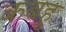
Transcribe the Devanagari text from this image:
कबहु